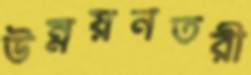
উন্নয়নতরী